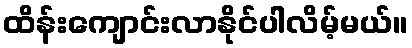
ထိန်းကျောင်းလာနိုင်ပါလိမ့်မယ်။